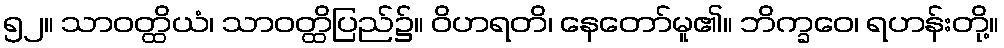
၅၂။ သာဝတ္ထိယံ၊ သာဝတ္ထိပြည်၌။ ဝိဟရတိ၊ နေတော်မူ၏။ ဘိက္ခဝေ၊ ရဟန်းတို့။